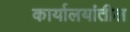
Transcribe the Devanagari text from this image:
कार्यालयांतील